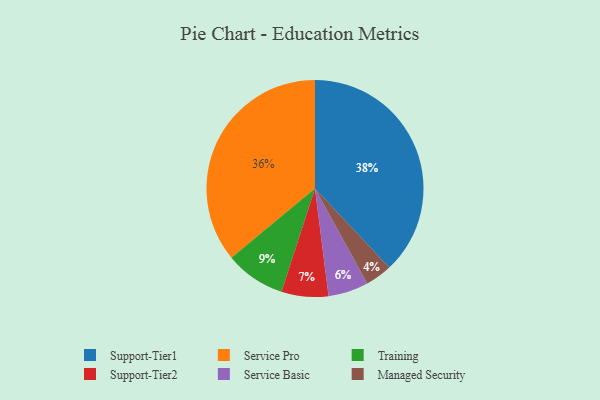
{"axis": {"x": "Category", "y": "Percentage"}, "legend": ["Managed Security", "Service Basic", "Service Pro", "Support-Tier1", "Support-Tier2", "Training"], "data": [{"x": "Service Basic", "y": 6, "type": "Service Basic"}, {"x": "Managed Security", "y": 4, "type": "Managed Security"}, {"x": "Support-Tier2", "y": 7, "type": "Support-Tier2"}, {"x": "Support-Tier1", "y": 38, "type": "Support-Tier1"}, {"x": "Service Pro", "y": 36, "type": "Service Pro"}, {"x": "Training", "y": 9, "type": "Training"}]}